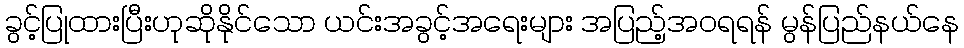
ခွင့်ပြုထားပြီးဟုဆိုနိုင်သော ယင်းအခွင့်အရေးများ အပြည့်အဝရရန် မွန်ပြည်နယ်နေ